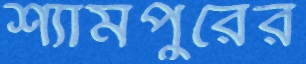
শ্যামপুরের